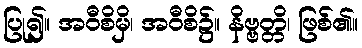
ပြု၍။ အဝီစိမှိ၊ အဝီစိ၌။ နိဗ္ဗတ္တိ၊ ဖြစ်၏။